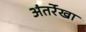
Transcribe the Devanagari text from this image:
अंतर्रेखा